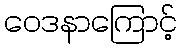
ဝေဒနာကြောင့်